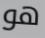
هو